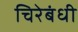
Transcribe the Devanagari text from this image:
चिरेबंधी